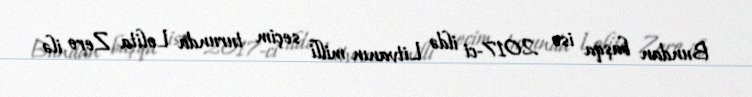
Bundan başqa isə 2017-ci ildə Litvanın milli seçim turunda Lolita Zero ilə